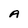
Character: A